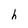
Character: h